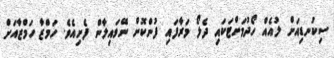
ސިކުނޑިއަށް ލުއެއް ހޯދުމަށްޓަކައި ދެލޯ މަރާފައި ފުންކޮށް ނޭވައިލާން ފެށިއެވެ. ހަމްޒާ ހަމްޒާއަށް